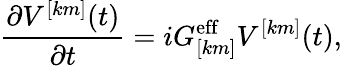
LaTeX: \frac{\partial V^{[km]}(t)}{\partial t}=iG_{[km]}^{\mathrm{eff}}V^{[km]}(t),